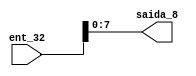
module separador5
(ent_32,saida_8);
input [31:0] ent_32;
output wire [7:0] saida_8;
assign saida_8 = ent_32[7:0];
endmodule